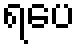
ရပေ